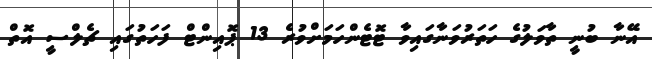
އޭނާ ބުނީ ތާވަލުގެ ހަތަރުވަނާގައިވާ ޓޮޓެންހަމަށްވުރެ 13 ޕޮއިންޓް ފަހަތުގައި ޗެލްސީ އޮތް